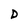
Character: D